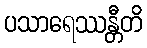
ပသာရေဿန္တီတိ